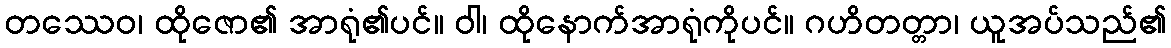
တဿေဝ၊ ထိုဇော၏ အာရုံ၏ပင်။ ဝါ၊ ထိုနောက်အာရုံကိုပင်။ ဂဟိတတ္တာ၊ ယူအပ်သည်၏